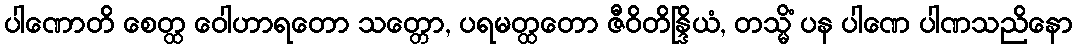
ပါဏောတိ စေတ္ထ ဝေါဟာရတော သတ္တော, ပရမတ္ထတော ဇီဝိတိန္ဒြိယံ, တသ္မိံ ပန ပါဏေ ပါဏသညိနော